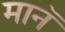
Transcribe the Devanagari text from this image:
मानॅ